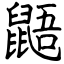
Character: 鼯